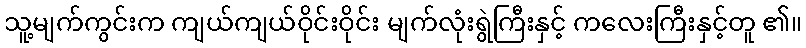
သူ့မျက်ကွင်းက ကျယ်ကျယ်ဝိုင်းဝိုင်း မျက်လုံးရွဲကြီးနှင့် ကလေးကြီးနှင့်တူ ၏။